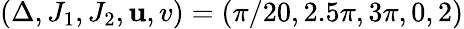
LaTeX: (\Delta,J_{1},J_{2},\mathbf{u},v)=(\pi/20,2.5\pi,3\pi,0,2)